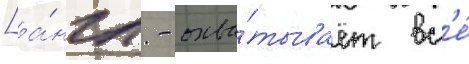
[а́нгл. - охва́тывает вс'е́